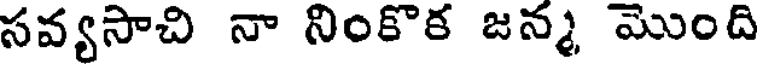
సవ్యసాచి నా నింకొక జన్మ మొంది